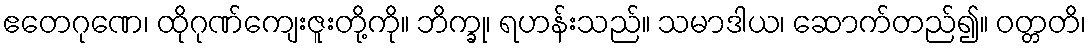
ဧတေဂုဏေ၊ ထိုဂုဏ်ကျေးဇူးတို့ကို။ ဘိက္ခု၊ ရဟန်းသည်။ သမာဒါယ၊ ဆောက်တည်၍။ ဝတ္တတိ၊